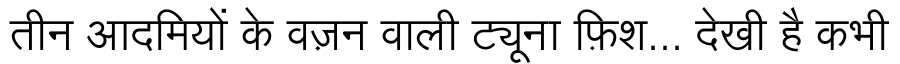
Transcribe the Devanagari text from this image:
तीन आदमियों के वज़न वाली ट्यूना फ़िश... देखी है कभी